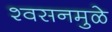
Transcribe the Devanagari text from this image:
श्वसनमुळे